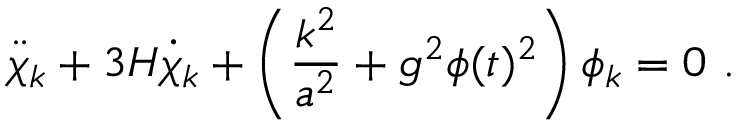
\ddot { \chi } _ { k } + 3 H \dot { \chi } _ { k } + \left( { \frac { k ^ { 2 } } { a ^ { 2 } } } + g ^ { 2 } \phi ( t ) ^ { 2 } \right) \phi _ { k } = 0 \ .